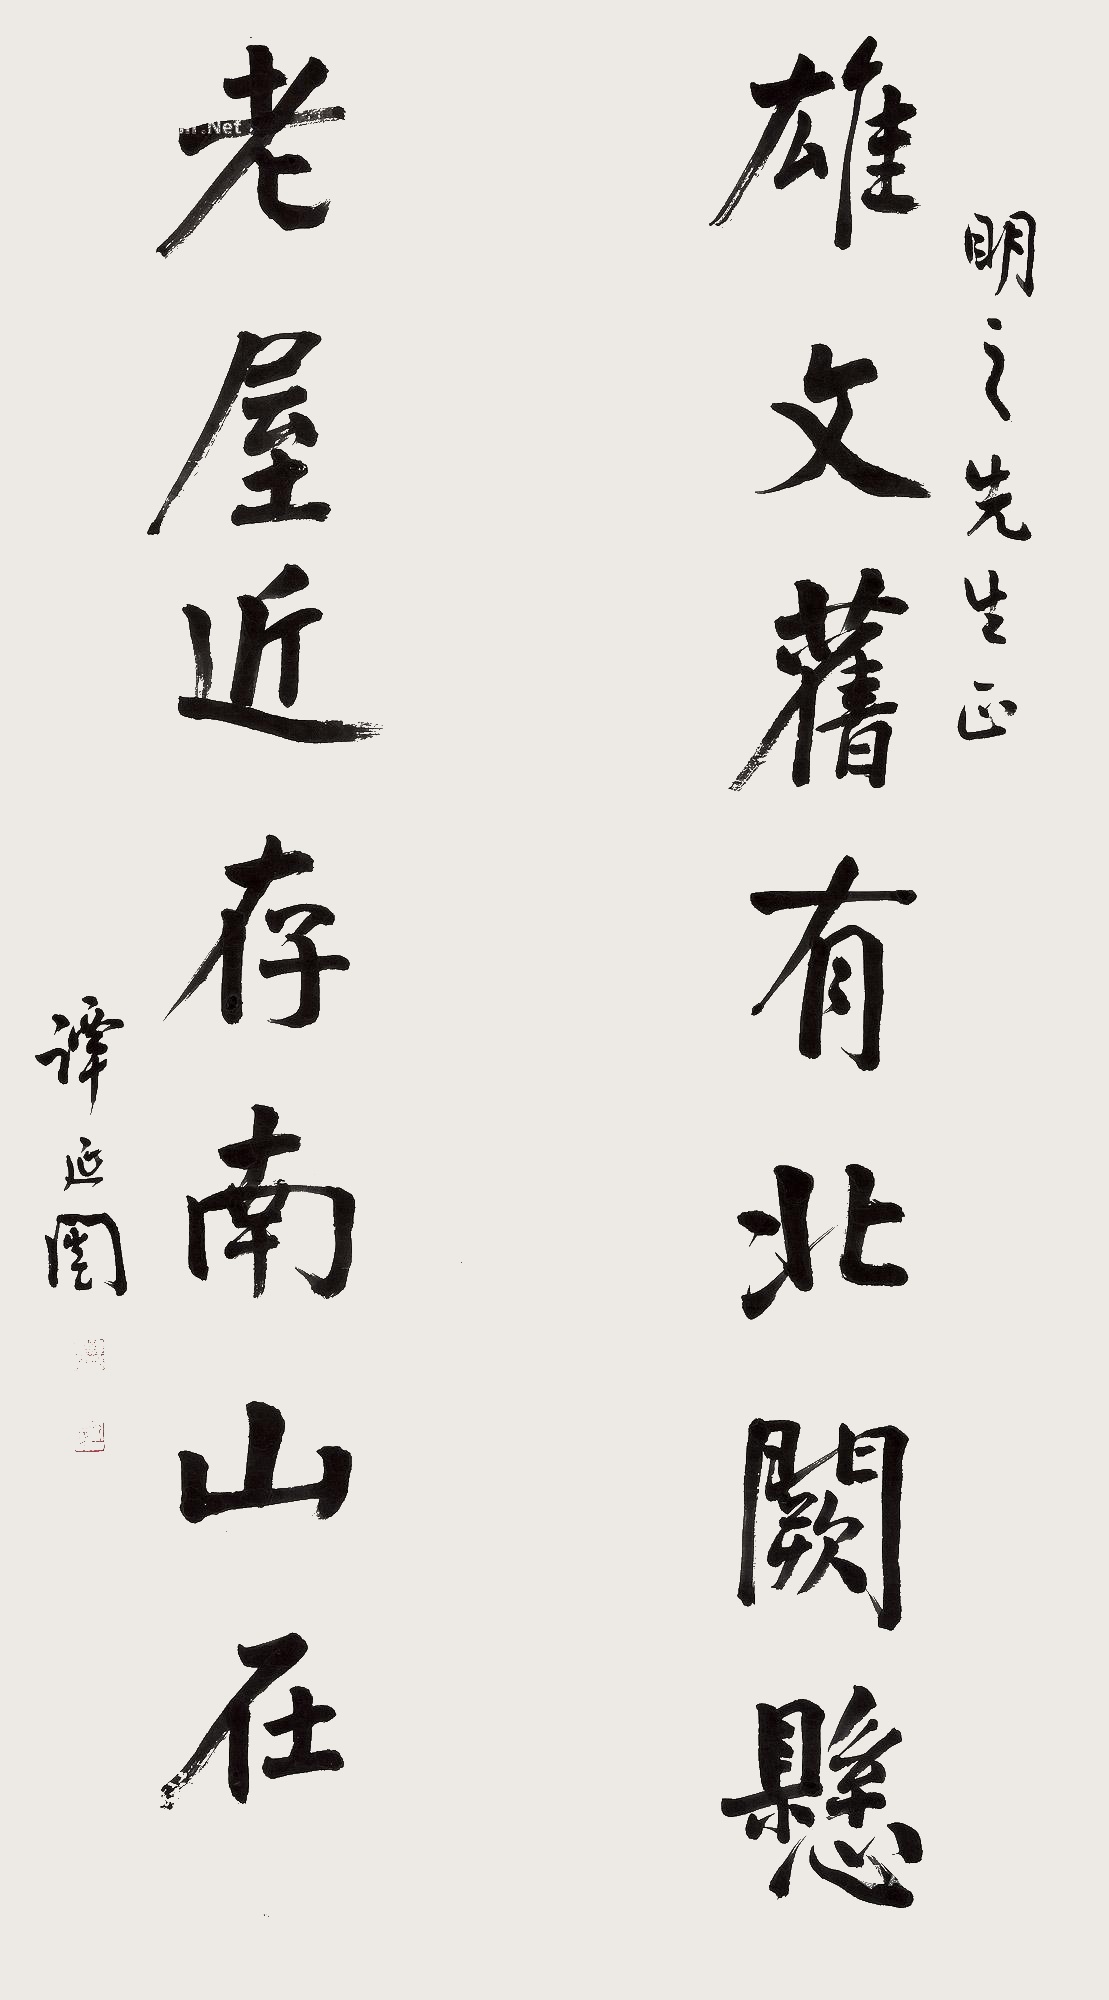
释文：雄文旧有北阙悬，老屋近存南山在。明之先生正。谭延闿。